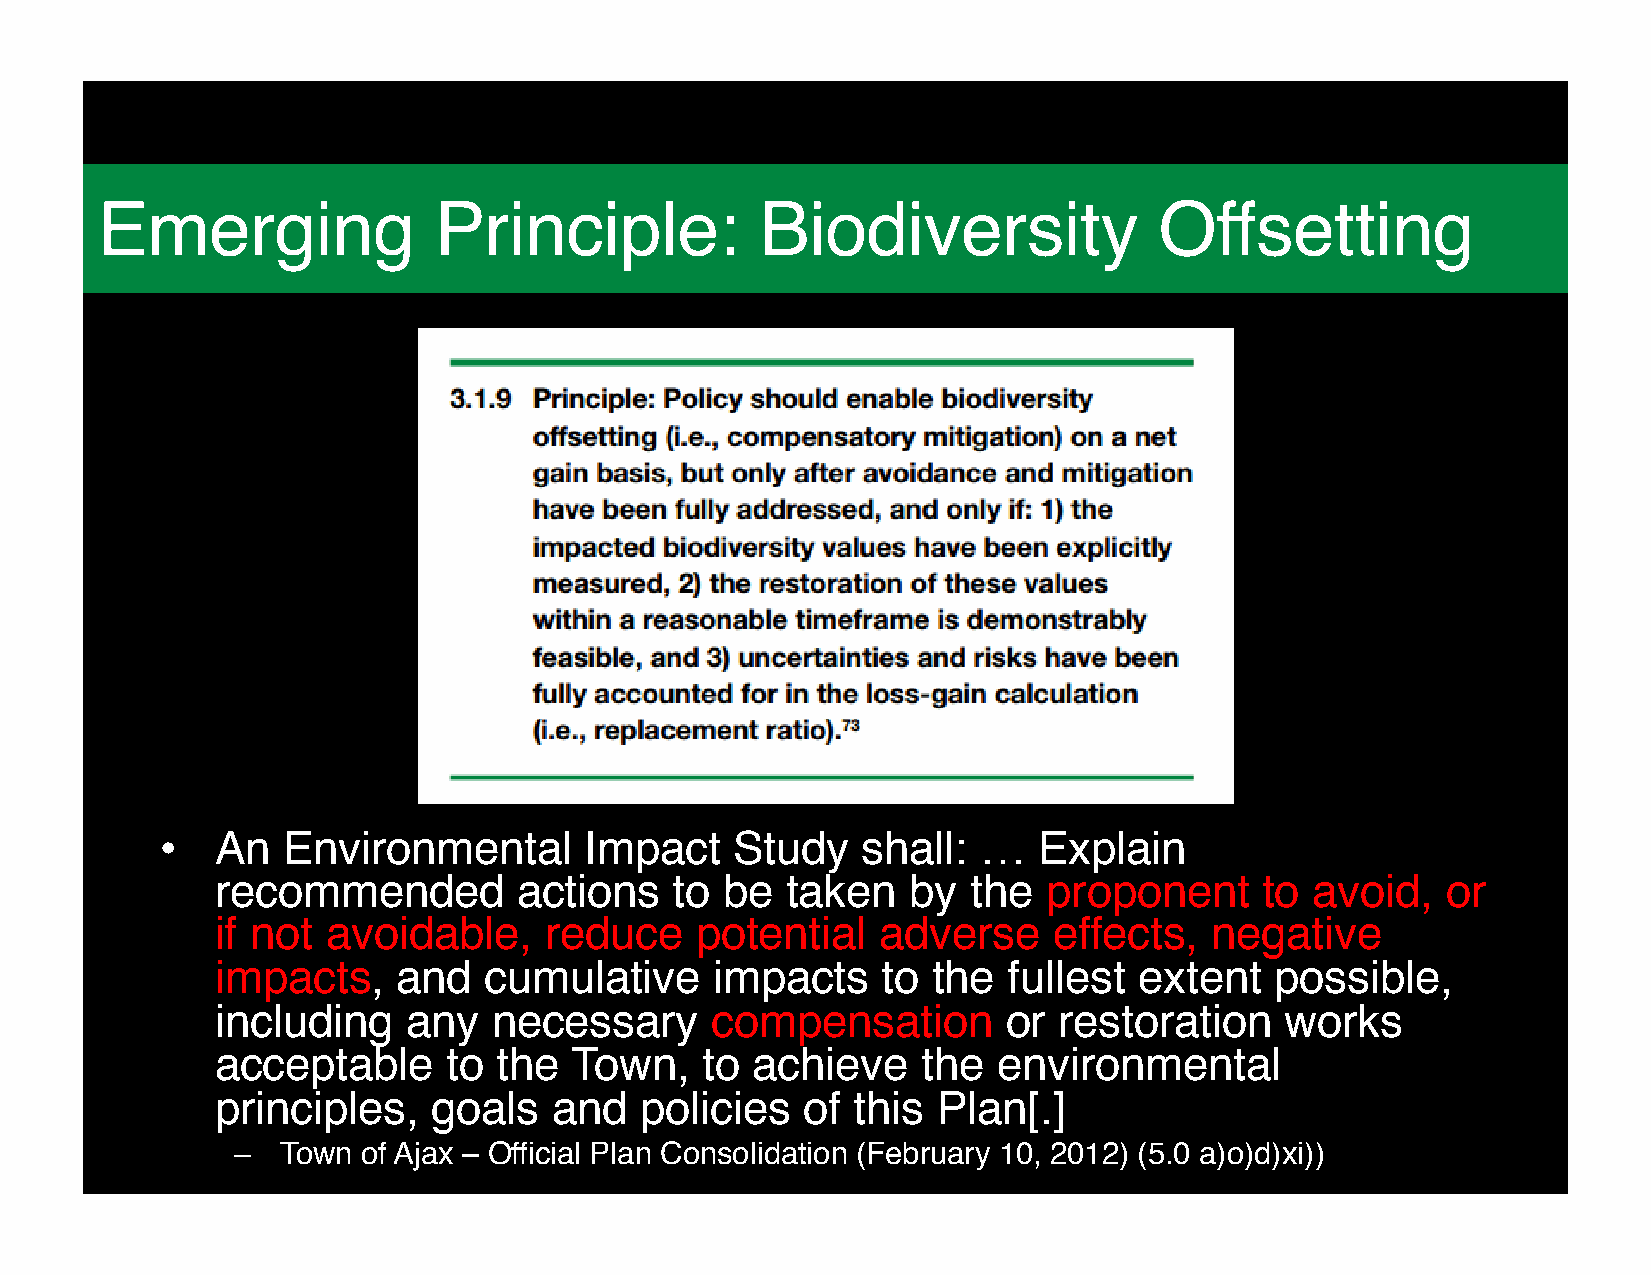
Who          is   Ontario             Nature?
 Emerging               Principle:           Biodiversity               Offsetting
 •
 An   Environmental       Impact    Study   shall:  …   Explain
 recommended         actions    to be  taken   by  the  proponent      to avoid,   or
 if not  avoidable,    reduce    potential   adverse     effects,  negative
 impacts,    and   cumulative     impacts    to  the  fullest extent   possible,
 including    any   necessary     compensation        or restoration    works
 acceptable      to the  Town,    to achieve    the  environmental
 principles,    goals   and  policies   of  this Plan[.]
 –   Town of Ajax – Official Plan Consolidation (February 10, 2012) (5.0 a)o)d)xi))